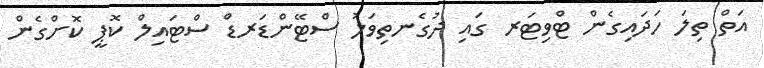
އަތް ތިލަ ހަދައިގެން ޓްވިޓަރ ގައި ދުގެނތިވަލު ސްޓޭންޑަރޑް ސްޓައިލް ކޮޕީ ކޮށްގެން